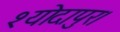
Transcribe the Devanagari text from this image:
श्योदापुर।